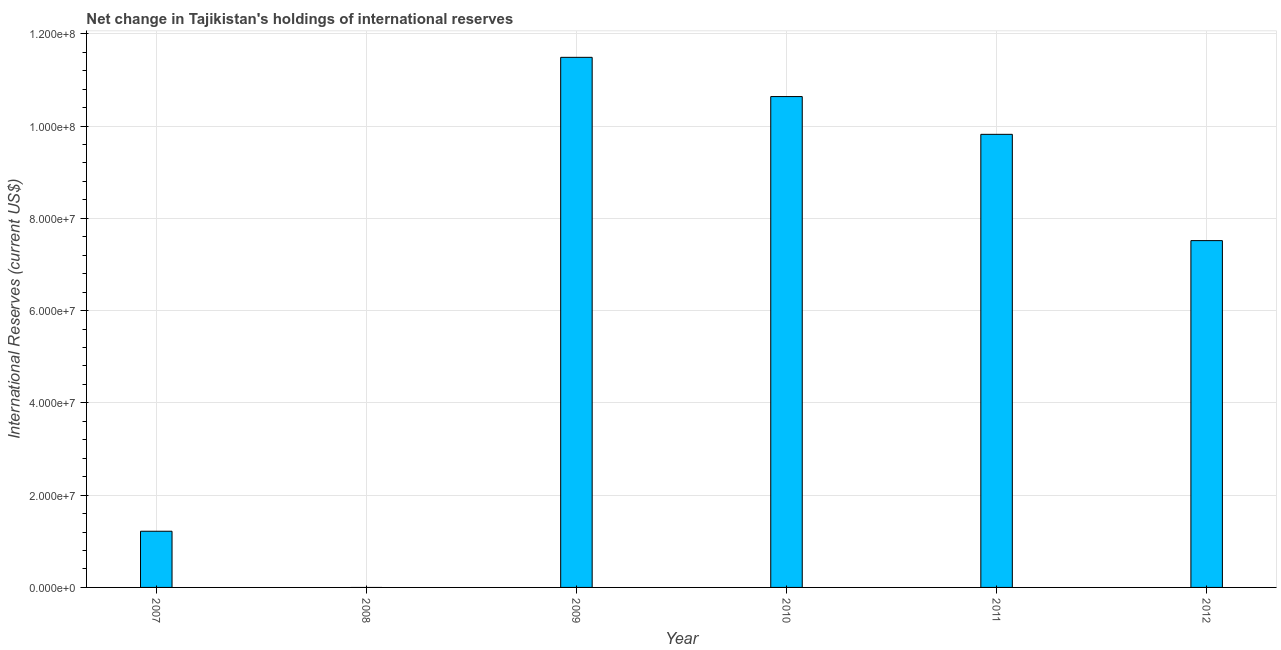
| Year | Reserves and related items |
 | --- | --- |
 | 2007 | 1.22e+07 |
 | 2008 | -1.1e+08 |
 | 2009 | 1.15e+08 |
 | 2010 | 1.06e+08 |
 | 2011 | 9.82e+07 |
 | 2012 | 7.52e+07 |